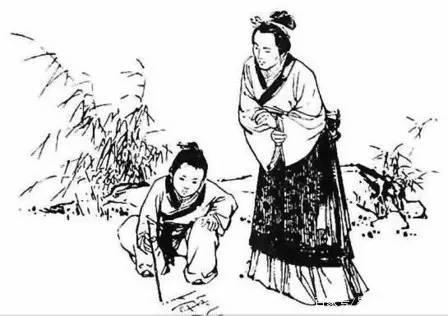
有孙母未去，出入无完裙。